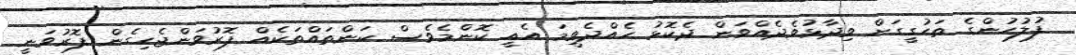
ފުލުހުންގެ ތަހުގީގަށް ވިދާޅުވެދެއްވަން ދެކޮޅު ހެއްދެވީމަ އެއީ ކޮންމެވެސް ކަންތައްތަކެއް ފޮރުވަންޖެހިގެން ފޮރުވަނީ